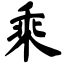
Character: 乘